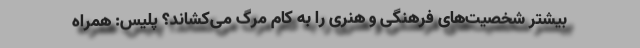
بیشتر شخصیت‌های فرهنگی و هنری را به کام مرگ می‌کشاند؟ پلیس: همراه